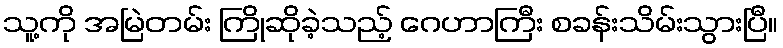
သူ့ကို အမြဲတမ်း ကြိုဆိုခဲ့သည့် ဂေဟာကြီး စခန်းသိမ်းသွားပြီ။